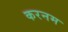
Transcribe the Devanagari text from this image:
करनम